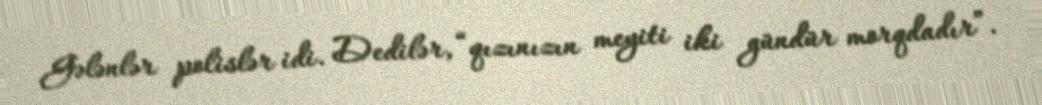
Gələnlər polislər idi. Dedilər, “qızınızın meyiti iki gündür morqdadır”.